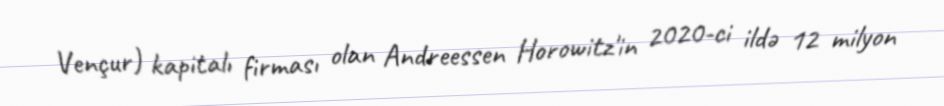
Vençur) kapitalı firması olan Andreessen Horowitz'in 2020-ci ildə 12 milyon